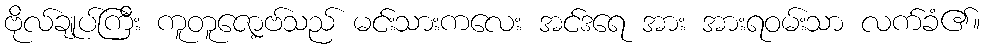
ဗိုလ်ချုပ်ကြီး ကူတူဇော့ဗ်သည် မင်းသားကလေး အင်ဒရေ အား အားရဝမ်းသာ လက်ခံ၏။